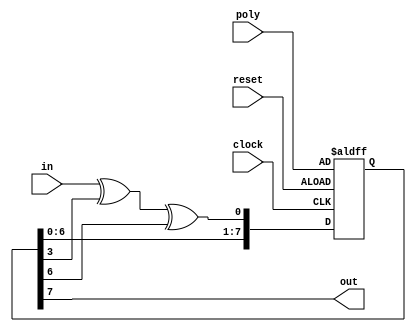
module chain(input reset, input clock, input in, output out, input [7:0] poly);

reg [7:0] chain;

always @(posedge clock or posedge reset)
begin
	if(reset == 1'b1)
	 chain <=  poly;
	else
	begin
	chain[7] <= chain[6];	
	chain[6] <= chain[5];	
	chain[5] <= chain[4];	
	chain[4] <= chain[3];	
	chain[3] <= chain[2];	
	chain[2] <= chain[1];	
	chain[1] <= chain[0];	

	chain[0] = in ^ chain[3] ^ chain[6];
	
	end
end
assign out  = chain[7];

endmodule

module asic (input reset, input clock, input [3:0] scan_in, output reg [3:0] scan_out);


wire [3:0] bus;
chain c0(reset, clock, scan_in[3], bus[3], 8'h49);
chain c1(reset, clock, scan_in[2], bus[2], 8'hfb);
chain c2(reset, clock, scan_in[1], bus[1], 8'h1a);
chain c3(reset, clock, scan_in[0], bus[0], 8'h5e);


always @(posedge clock or posedge reset) 

	begin
	if(reset == 1'b1)
 	scan_out <= 4'b0;

	else if(clock == 1'b1)
	begin 
	scan_out[3] <= bus[3]; #1
	scan_out[2] <= bus[2]; 
	scan_out[1] <= bus[1];  #2
	scan_out[0] <= bus[0];
	end 
	end

endmodule


module top();

reg clock, reset;
wire [3:0] scan_out;
wire [3:0] scan_in;

initial begin 
clock <= 1'b0;
reset <= 1'b1; # 100
reset <= 1'b0;


$dumpfile("asic.vcd");
$dumpvars(1, clock);
$dumpvars(1, reset);
$dumpvars(1, scan_out);
$dumpvars(1, scan_in);



# 100
$finish;
 # 500 reset <= 1'b1;
 # 1 reset <= 1'b0;
end

always @(negedge clock)
begin
$display("R1 scan %b %b %b %b %b %b %b %b %b %% %03d;",   reset, scan_in[3], scan_in[2], scan_in[1], scan_in[0], scan_out[3], scan_out[2], scan_out[1], scan_out[0], $time);
 end


always begin
#5 clock <= 1'b0;
#5 clock <= 1'b1;


end

asic  f0 ( reset, clock, scan_in, scan_out);

chain s0(reset, clock, 1'b0, scan_in[3], 8'ha5);
chain s1(reset, clock, 1'b0, scan_in[2], 8'hfb);
chain s2(reset, clock, 1'b0, scan_in[1], 8'h25);
chain s3(reset, clock, 1'b0, scan_in[0], 8'hb1);



endmodule